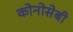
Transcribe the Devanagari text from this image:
कोनोसेबी